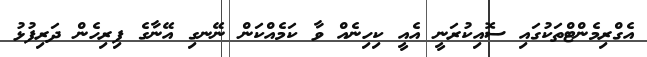
އެގްރިމެންޓްތަކުގައި ސޮއިކުރަނީ އެއީ ކިހިނެއް ވާ ކަމެއްކަން ނޭނގި އޭނާގެ ފިރިހެން ދަރިފުޅު